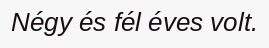
Négy és fél éves volt.